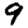
Digit: 9